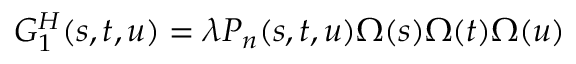
G _ { 1 } ^ { H } ( s , t , u ) = \lambda P _ { n } ( s , t , u ) \Omega ( s ) \Omega ( t ) \Omega ( u )